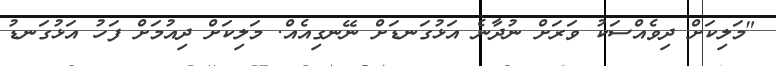
"މަލިކަށް ދިވެއްސަކު ވަރަށް ނުދާނެ އަޅުގަނޑަށް ނޭނގިއެއް. މަލިކަށް ދިއުމަށް ފަހު އަޅުގަނޑު